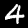
Label: 4